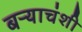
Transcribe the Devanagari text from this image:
बऱ्याचंशी